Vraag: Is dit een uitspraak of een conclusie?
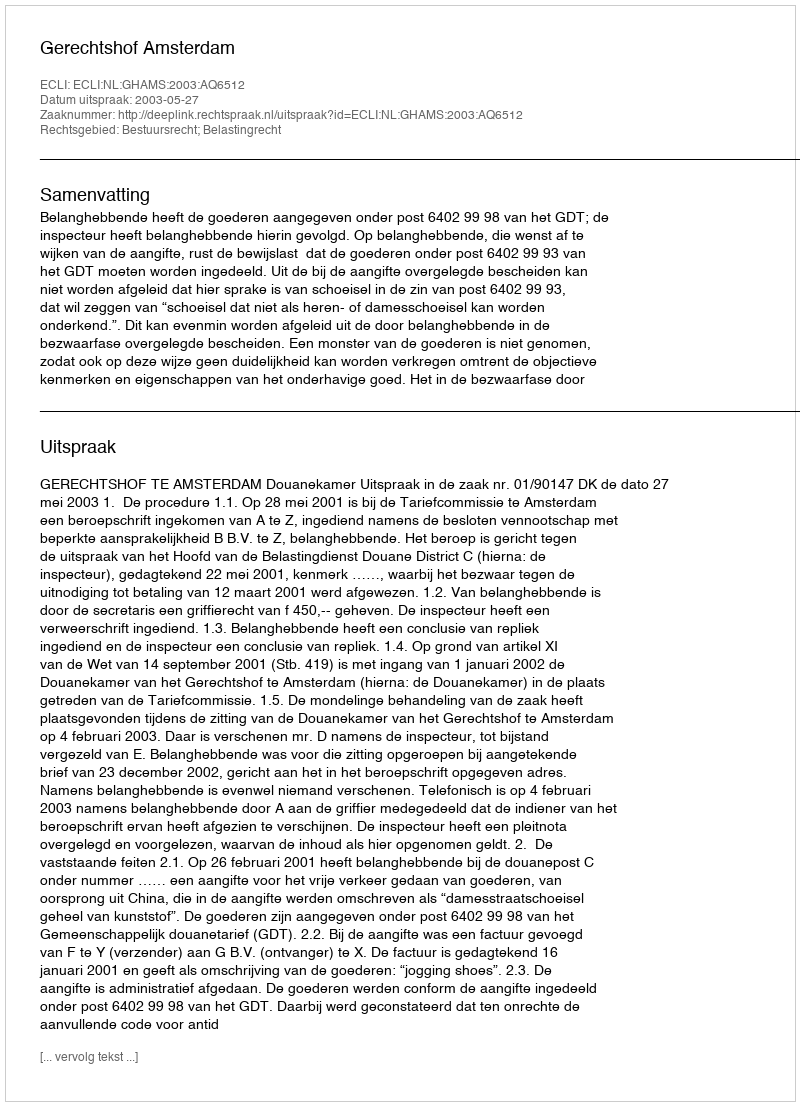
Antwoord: Uitspraak